Report on sanitation, dispensaries, and jails in Rajputana for 1912, and on vaccination for the year 1912-1913 - 1912-1913
Year: 1912
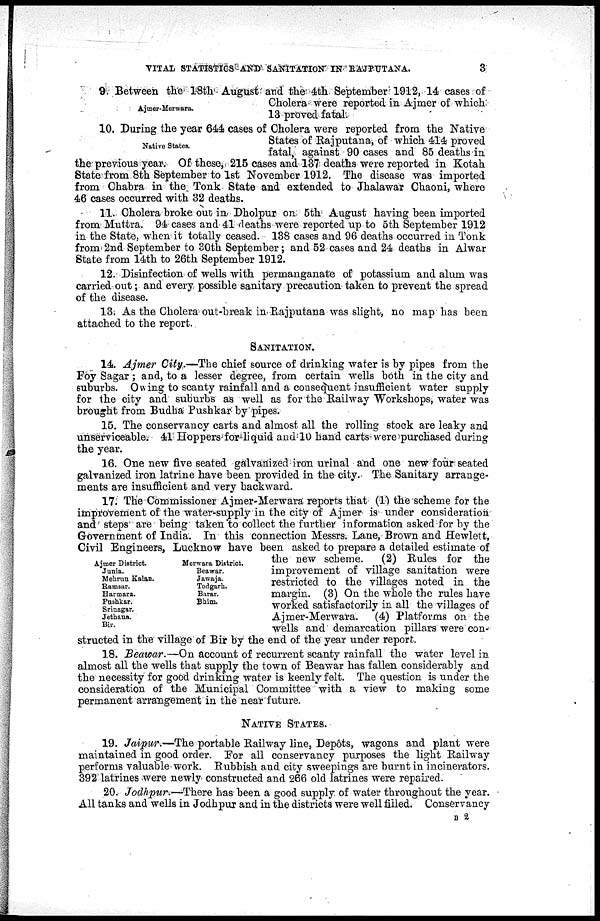
VITAL STATISTICS AND SANITATION IN RAJPUTANA.
3
Ajmer-Merwara.
9. Between the 18th August and the 4th September 1912, 14 cases of
Cholera were reported in Ajmer of which
13 proved fatal.
Native States.
10. During the year 644 cases of Cholera were reported from the Native
States of Rajputana, of which 414 proved
fatal, against 90 cases and 85 deaths in
the previous year. Of these, 215 cases and 137 deaths were reported in Kotah
State from 8th September to 1st November 1912. The disease was imported
from Chabra in the Tonk State and extended to Jhalawar Chaoni, where
46 cases occurred with 32 deaths.
11. Cholera broke out in Dholpur on 5th August having been imported
from Muttra. 94 cases and 41 deaths were reported up to 5th September 1912
in the State, when it totally ceased. 138 cases and 96 deaths occurred in Tonk
from 2nd September to 30th September; and 52 cases and 24 deaths in Alwar
State from 14th to 26th September 1912.
12. Disinfection of wells with permanganate of potassium and alum was
carried out; and every possible sanitary precaution taken to prevent the spread
of the disease.
13. As the Cholera out-break in Rajputana was slight, no map has been
attached to the report.
SANITATION.
14. Ajmer City.—The chief source of drinking water is by pipes from the
Foy Sagar; and, to a lesser degree, from certain wells both in the city and
suburbs. Owing to scanty rainfall and a consequent insufficient water supply
for the city and suburbs as well as for the Railway Workshops, water was
brought from Budha Pushkar by pipes.
15. The conservancy carts and almost all the rolling stock are leaky and
unserviceable. 41 Hoppers for liquid and 10 hand carts were purchased during
the year.
16. One new five seated galvanized iron urinal and one new four seated
galvanized iron latrine have been provided in the city. The Sanitary arrange-
ments are insufficient and very backward.
Ajmer District.
Junia.
Mehrim Kalan.
Ramsar.
Harmara.
Pushkar.
Srinagar.
Jethana.
Bir.
Merwara District.
Beawar.
Jawaja.
Todgarh.
Barar.
Bhim.
17. The Commissioner Ajmer-Merwara reports that (1) the scheme for the
improvement of the water-supply in the city of Ajmer is under consideration
and steps are being taken to collect the further information asked for by the
Government of India. In this connection Messrs. Lane, Brown and Hewlett,
Civil Engineers, Lucknow have been asked to prepare a detailed estimate of
the new scheme.
(2) Rules for the
improvement of village sanitation were
restricted to the villages noted in the
margin. (3) On the whole the rules have
worked satisfactorily in all the villages of
Ajmer-Merwara.
(4) Platforms on the
wells and demarcation pillars were con
structed in the village of Bir by the end of the year under report.
18. Beawar.—On account of recurrent scanty rainfall the water level in
almost all the wells that supply the town of Beawar has fallen considerably and
the necessity for good drinking water is keenly felt. The question is under the
consideration of the Municipal Committee with a view to making some
permanent arrangement in the near future.
NATIVE STATES.
19. Jaipur.—The portable Railway line, Depôts, wagons and plant were
maintained in good order. For all conservancy purposes the light Railway
performs valuable work. Rubbish and city sweepings are burnt in incinerators.
392 latrines were newly constructed and 266 old latrines were repaired.
20. Jodhpur.—There has been a good supply of water throughout the year.
All tanks and wells in Jodhpur and in the districts were well filled. Conservancy
B 2